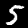
Digit: 5